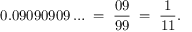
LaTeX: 0 . 0 9 0 9 0 9 0 9 \ldots \; = \; { \frac { 0 9 } { 9 9 } } \; = \; { \frac { 1 } { 1 1 } } .